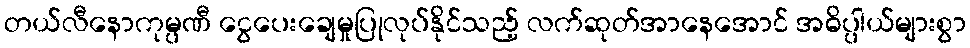
တယ်လီနောကုမ္ပဏီ ငွေပေးချေမှုပြုလုပ်နိုင်သည့် လက်ဆုတ်အာနေအောင် အဓိပ္ပါယ်များစွာ